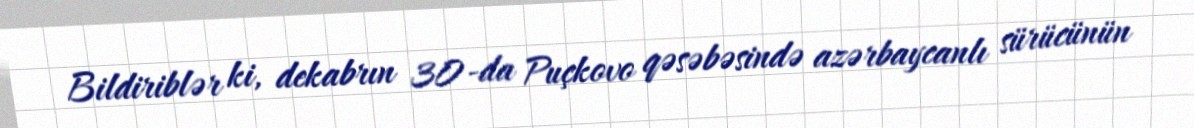
Bildiriblər ki, dekabrın 30-da Puçkovo qəsəbəsində azərbaycanlı sürücünün